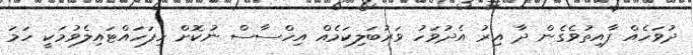
ދުވަހެއް ފާއިތުވެގެން ދާ އިރު އެދުވަހު ވަރުބަލިކަމެއް އިހްސާސް ނުކޮށް ހިފަހައްޓައިލެވުމަކީ ހަމަ